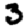
Digit: 3